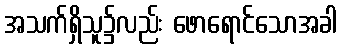
အသက်ရှိသူ၌လည်း ဖောရောင်သောအခါ